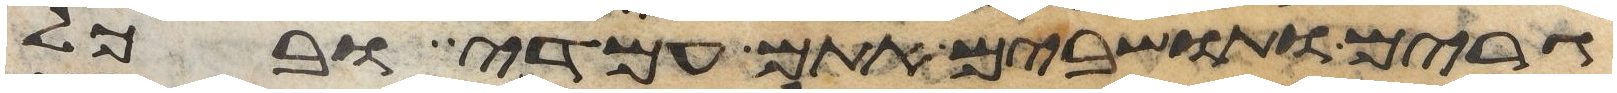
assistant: גרים ותושבים אתם עמדי ובכל